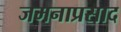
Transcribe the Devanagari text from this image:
जमनाप्रसाद